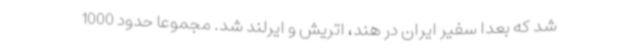
شد که بعدا سفیر ایران در هند، اتریش و ایرلند شد. مجموعا حدود 1000